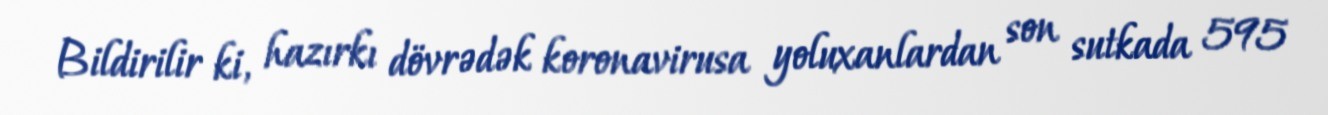
Bildirilir ki, hazırkı dövrədək koronavirusa yoluxanlardan son sutkada 595